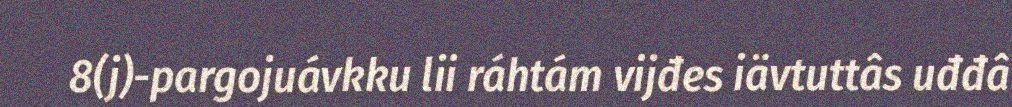
8(j)-pargojuávkku lii ráhtám vijđes iävtuttâs uđđâ